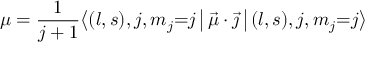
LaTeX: \mu = { \frac { 1 } { j + 1 } } { \bigl \langle } ( l , s ) , j , m _ { j } { = } j \, { \bigr | } \, { \vec { \mu } } \cdot { \vec { \jmath } } \, { \bigl | } \, ( l , s ) , j , m _ { j } { = } j { \bigr \rangle }